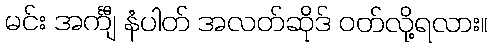
မင်း အင်္ကျီ နံပါတ် အလတ်ဆိုဒ် ဝတ်လို့ရလား။